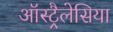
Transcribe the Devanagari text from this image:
ऑस्ट्रैलेसिया